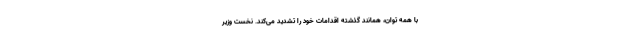
با همه توان، همانند گذشته اقدامات خود را تشدید می‌کند. نخست‌ وزیر